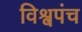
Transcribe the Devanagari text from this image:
विश्वपंच